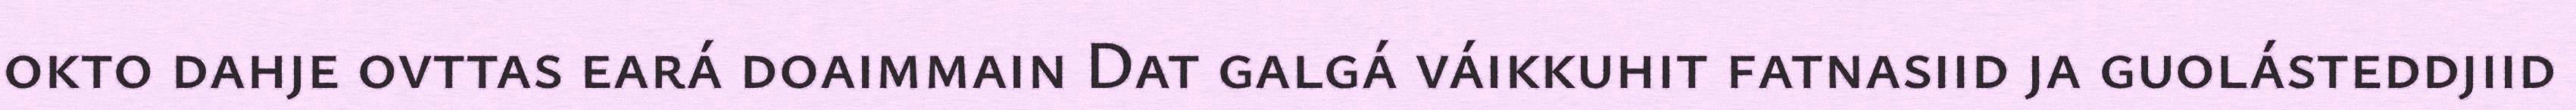
okto dahje ovttas eará doaimmain Dat galgá váikkuhit fatnasiid ja guolásteddjiid